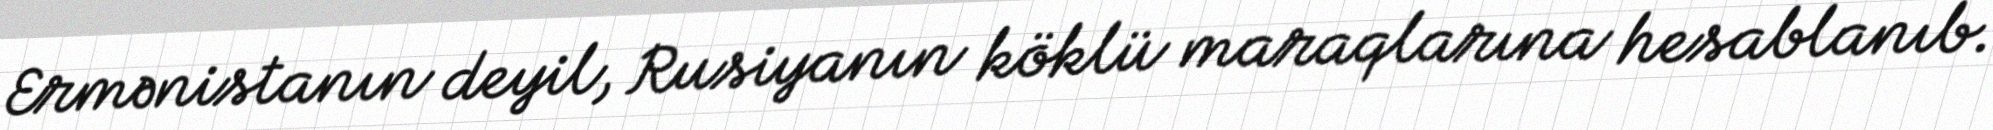
Ermənistanın deyil, Rusiyanın köklü maraqlarına hesablanıb.